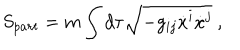
S _ { p a r t } = m \int d \tau \sqrt { - g _ { i j } \dot { x } ^ { i } \dot { x } ^ { j } } ~ ,